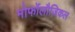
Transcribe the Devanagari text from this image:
मोर्फोलौजिकल